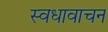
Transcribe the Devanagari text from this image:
स्वधावाचन